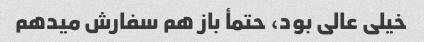
خیلی عالی بود، حتمأ باز هم سفارش میدهم